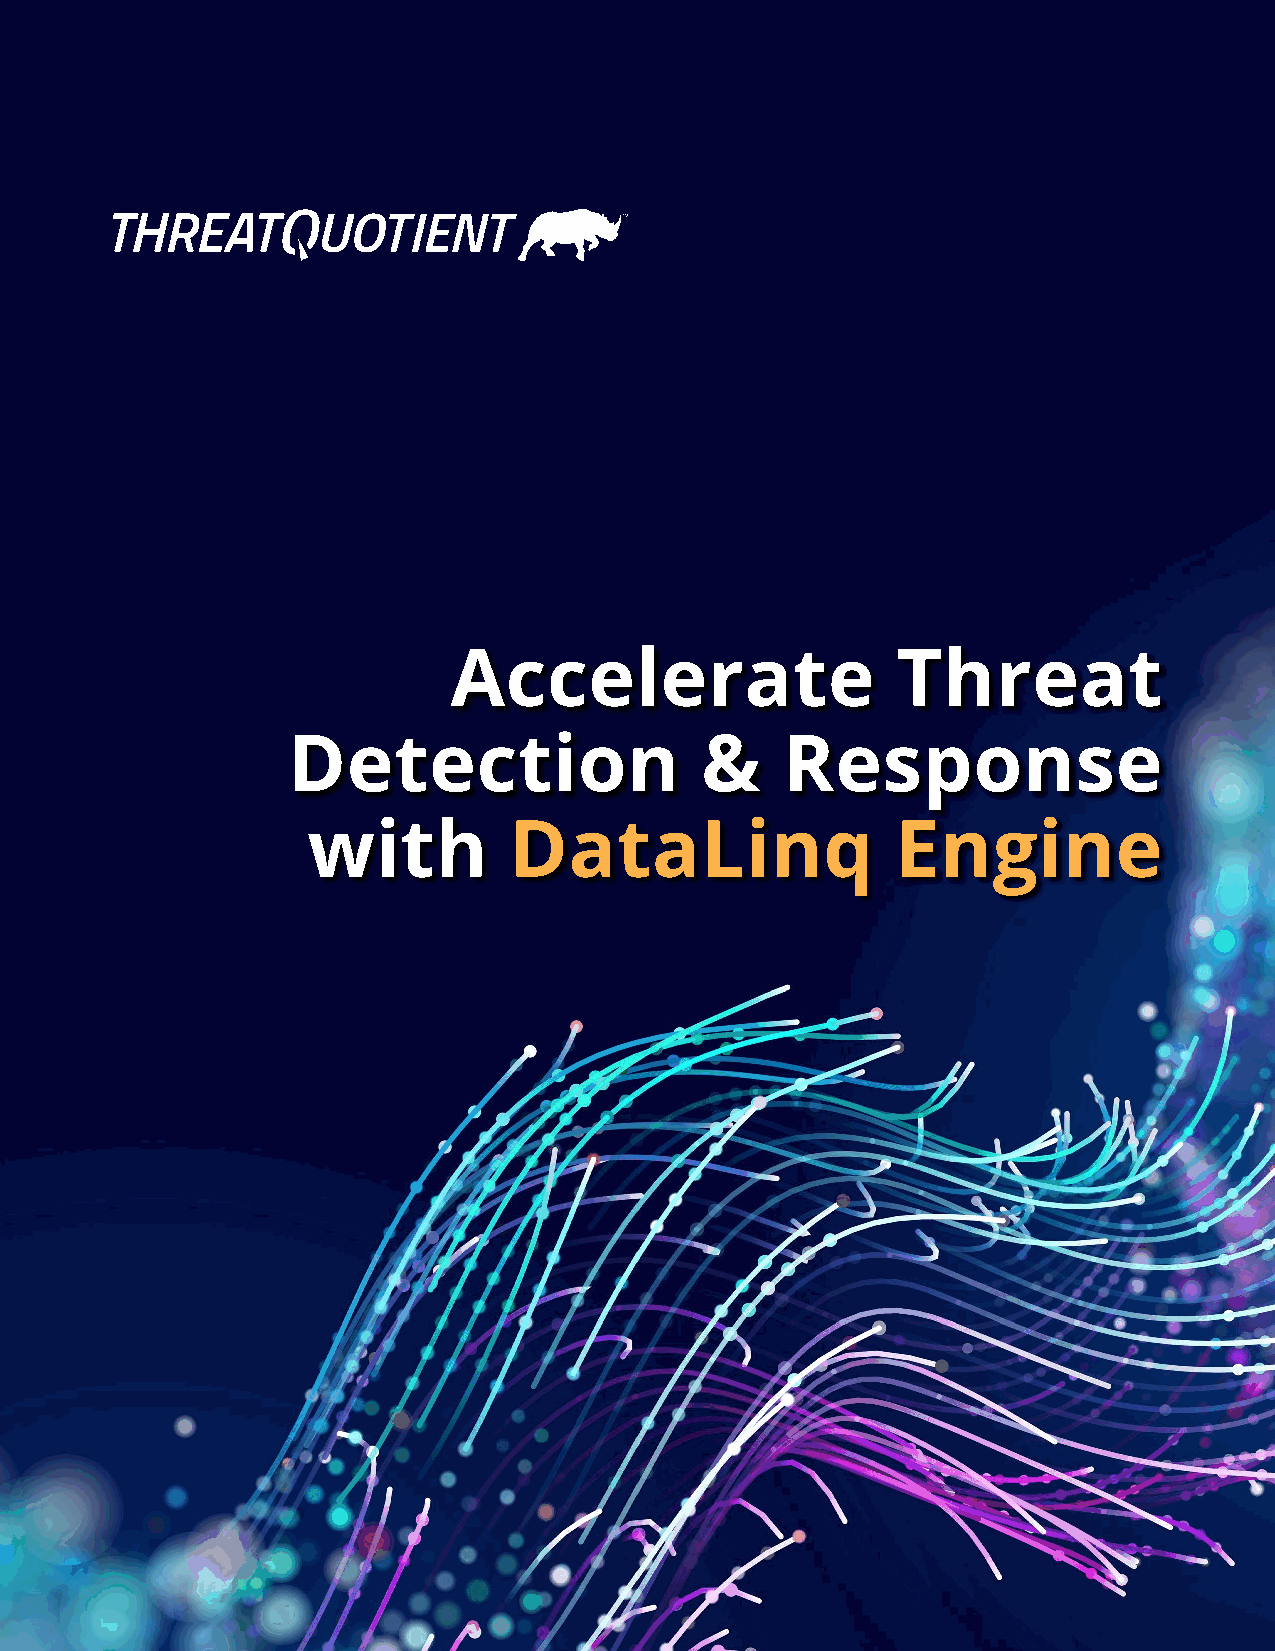
Accelerate                   Threat
 Detection                  &     Response
 with          DataLinq                 Engine